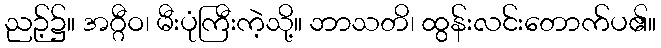
ညဉ့်၌။ အဂ္ဂီဝ၊ မီးပုံကြီးကဲ့သို့။ ဘာသတိ၊ ထွန်းလင်းတောက်ပ၏။